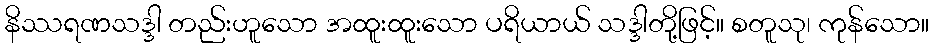
နိဿရဏသဒ္ဒါ တည်းဟူသော အထူးထူးသော ပရိယာယ် သဒ္ဒါတို့ဖြင့်။ စတူသု၊ ကုန်သော။